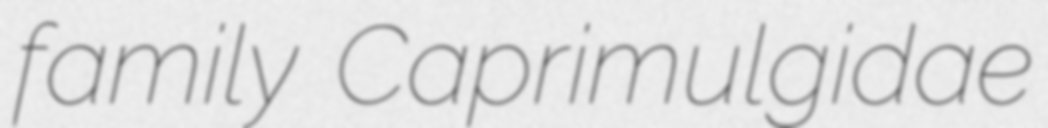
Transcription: family Caprimulgidae